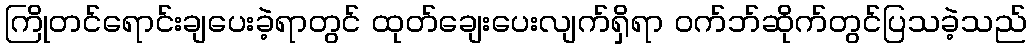
ကြိုတင်ရောင်းချပေးခဲ့ရာတွင် ထုတ်ချေးပေးလျက်ရှိရာ ဝက်ဘ်ဆိုက်တွင်ပြသခဲ့သည်